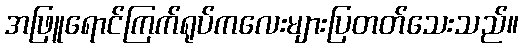
အဖြူရောင်ကြက်ရုပ်ကလေးများပြတတ်သေးသည်။